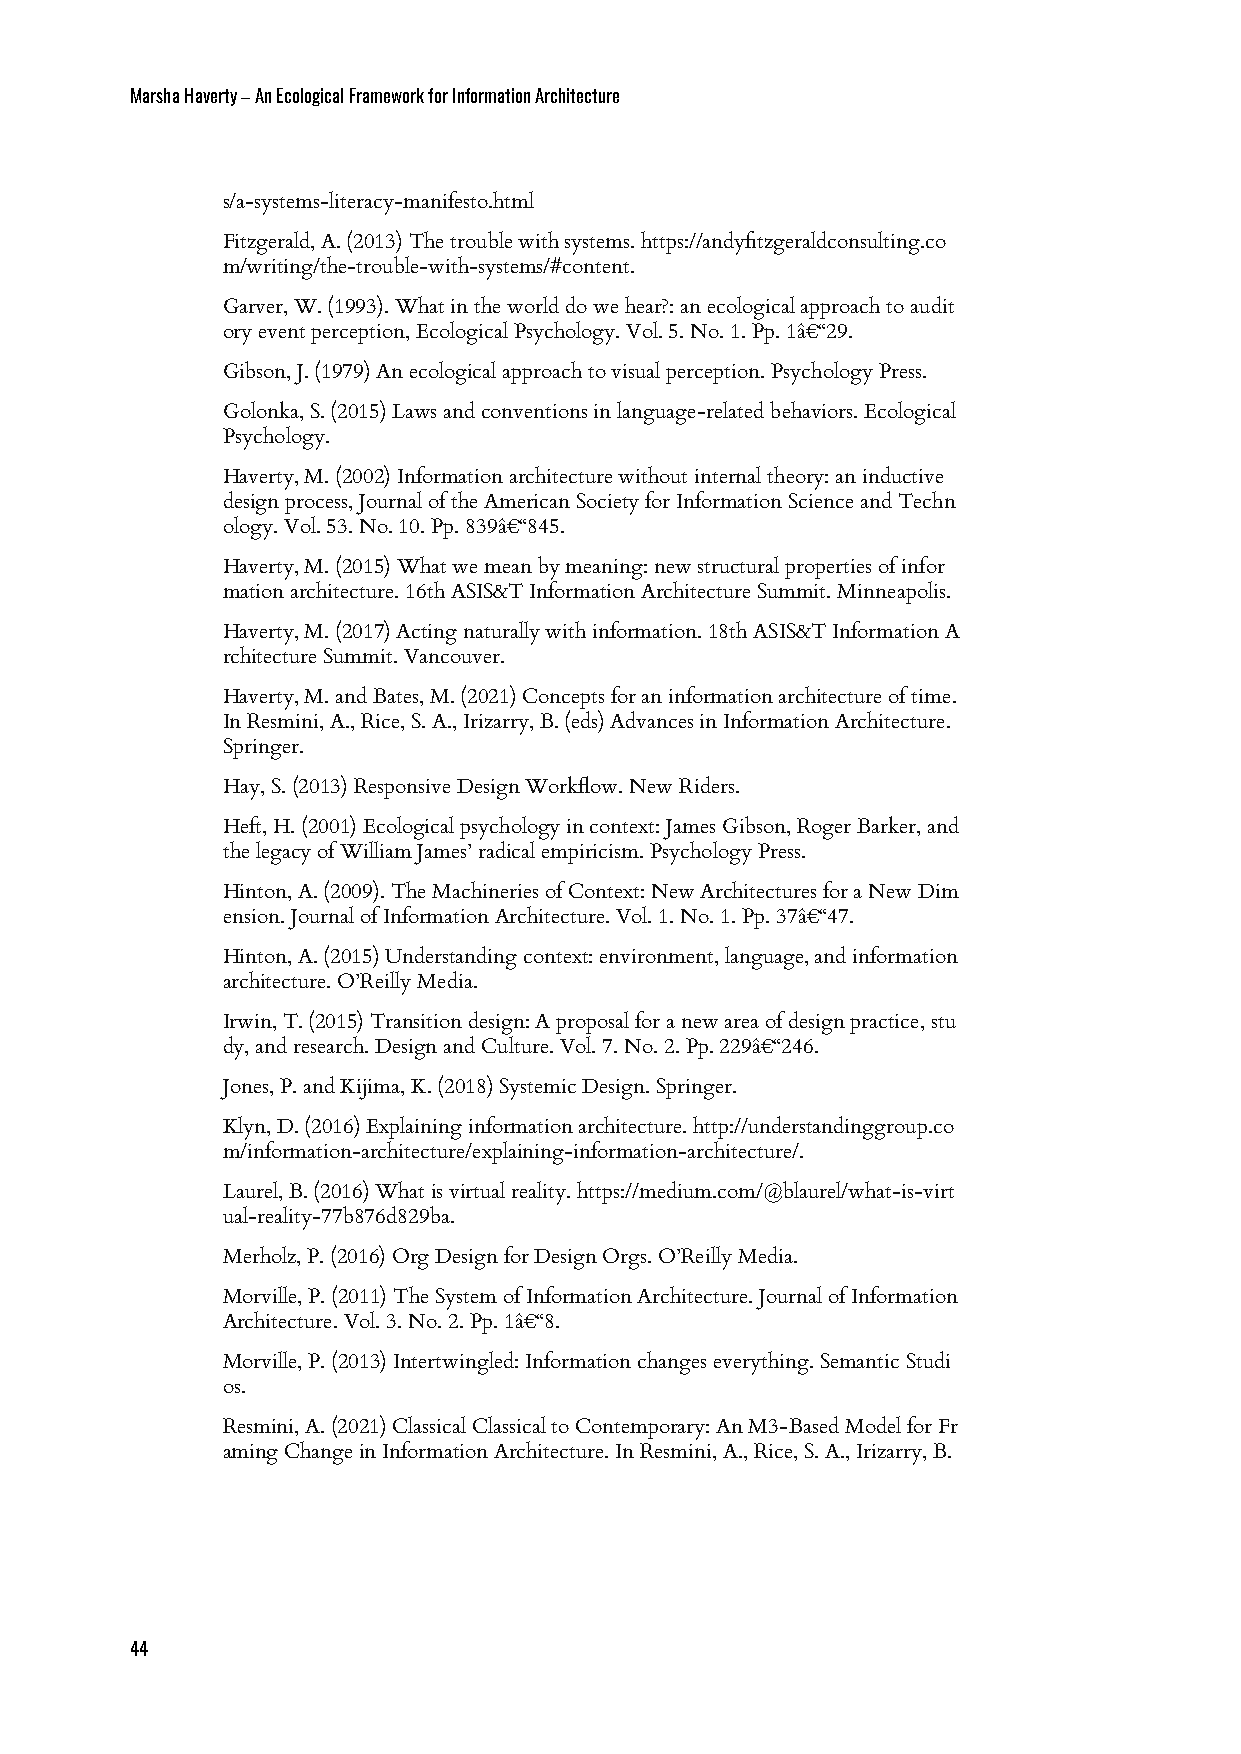
Marsha Haverty – An Ecological Framework for Information Architecture
 s/a-systems-literacy-manifesto.html
 Fitzgerald, A. (2013) The trouble with systems. https://andyfitzgeraldconsulting.co
 m/writing/the-trouble-with-systems/#content.
 Garver, W. (1993). What in the world do we hear?: an ecological approach to audit
 ory event perception, Ecological Psychology. Vol. 5. No. 1. Pp. 1â€“29.
 Gibson, J. (1979) An ecological approach to visual perception. Psychology Press.
 Golonka, S. (2015) Laws and conventions in language-related behaviors. Ecological
 Psychology.
 Haverty, M. (2002) Information architecture without internal theory: an inductive
 design process, Journal of the American Society for Information Science and Techn
 ology. Vol. 53. No. 10. Pp. 839â€“845.
 Haverty, M. (2015) What we mean by meaning: new structural properties of infor
 mation architecture. 16th ASIS&T Information Architecture Summit. Minneapolis.
 Haverty, M. (2017) Acting naturally with information. 18th ASIS&T Information A
 rchitecture Summit. Vancouver.
 Haverty, M. and Bates, M. (2021) Concepts for an information architecture of time.
 In Resmini, A., Rice, S. A., Irizarry, B. (eds) Advances in Information Architecture.
 Springer.
 Hay, S. (2013) Responsive Design Workflow. New Riders.
 Heft, H. (2001) Ecological psychology in context: James Gibson, Roger Barker, and
 the legacy of William James’ radical empiricism. Psychology Press.
 Hinton, A. (2009). The Machineries of Context: New Architectures for a New Dim
 ension. Journal of Information Architecture. Vol. 1. No. 1. Pp. 37â€“47.
 Hinton, A. (2015) Understanding context: environment, language, and information
 architecture. O’Reilly Media.
 Irwin, T. (2015) Transition design: A proposal for a new area of design practice, stu
 dy, and research. Design and Culture. Vol. 7. No. 2. Pp. 229â€“246.
 Jones, P. and Kijima, K. (2018) Systemic Design. Springer.
 Klyn, D. (2016) Explaining information architecture. http://understandinggroup.co
 m/information-architecture/explaining-information-architecture/.
 Laurel, B. (2016) What is virtual reality. https://medium.com/@blaurel/what-is-virt
 ual-reality-77b876d829ba.
 Merholz, P. (2016) Org Design for Design Orgs. O’Reilly Media.
 Morville, P. (2011) The System of Information Architecture. Journal of Information
 Architecture. Vol. 3. No. 2. Pp. 1â€“8.
 Morville, P. (2013) Intertwingled: Information changes everything. Semantic Studi
 os.
 Resmini, A. (2021) Classical Classical to Contemporary: An M3-Based Model for Fr
 aming Change in Information Architecture. In Resmini, A., Rice, S. A., Irizarry, B.
 44